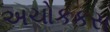
અચોકકસ